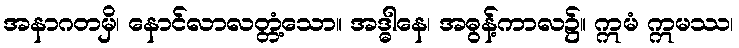
အနာဂတမှိ၊ နောင်လာလတ္တံ့သော။ အဒ္ဓါနေ၊ အဓွန့်ကာလ၌။ ဣမံ ဣမဿ၊